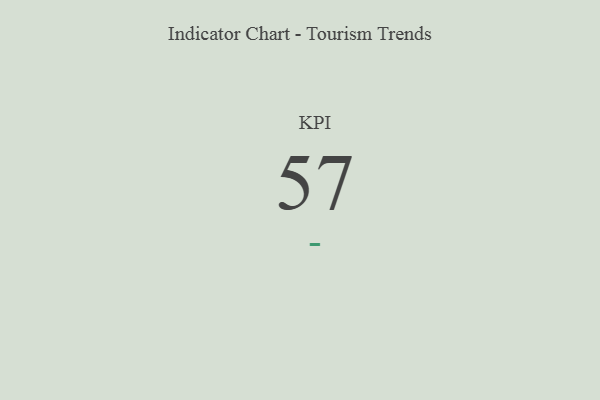
{"axis": {"x": "KPI", "y": "Value"}, "legend": [""], "data": [{"x": "KPI", "y": 57, "type": ""}]}